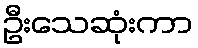
ဦးသေဆုံးကာ